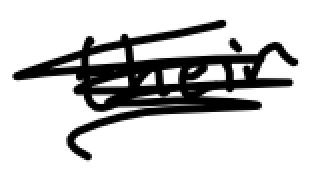
Text: their
Cross-out: scratch
Writing tool: digital_black